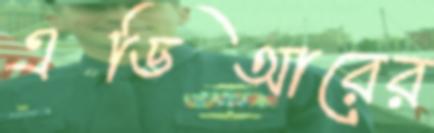
এডিআরের